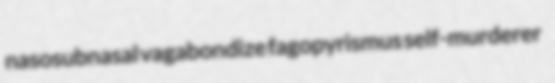
nasosubnasal vagabondize fagopyrismus self-murderer